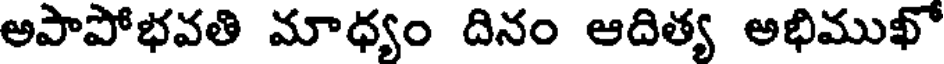
అపాపోభవతి మాధ్యం దినం ఆదిత్య అభిముఖో